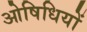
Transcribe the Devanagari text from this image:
ओषिधियों